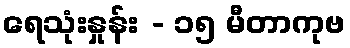
ရေသုံးနှုန်း - ၁၅ မီတာကုဗ